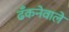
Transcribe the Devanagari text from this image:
ढँकनेवाले